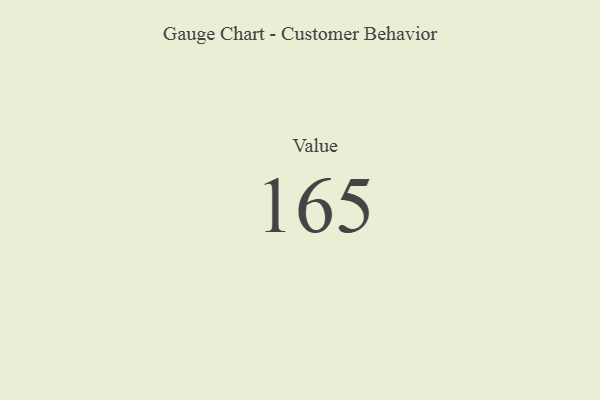
{"axis": {"x": "Metric", "y": "Value"}, "legend": [""], "data": [{"x": "Value", "y": 165, "type": ""}]}